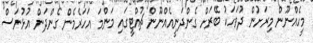
މީހެއްނޫން މިރަށުން ދުވަހަކު ބޭރަށް ގެންދަނީއެއްނޫން ޗުއްޓީގައި މަންމަ އަހަރެމެން ގެންދަން އުޅުނަސް